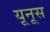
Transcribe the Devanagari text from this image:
यूनूस